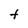
Character: t